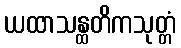
ယထာသန္ထတိကသုတ္တံ